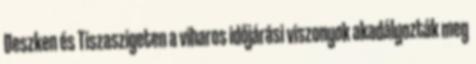
Deszken és Tiszaszigeten a viharos időjárási viszonyok akadályozták meg